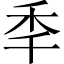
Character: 秊